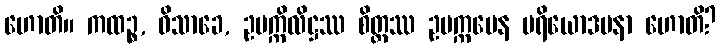
ဟောတိ။ ကထဉ္စ, ဝိသာခေ, ဥပက္ကိလိဋ္ဌဿ စိတ္တဿ ဥပက္ကမေန ပရိယောဒပနာ ဟောတိ?